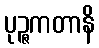
ပုဉ္ဇကတာနိ